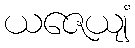
ယဇေယျံ